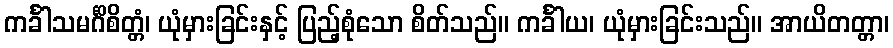
ကင်္ခါသမင်္ဂိစိတ္တံ၊ ယုံမှားခြင်းနှင့် ပြည့်စုံသော စိတ်သည်။ ကင်္ခါယ၊ ယုံမှားခြင်းသည်။ အာယိတတ္တာ၊